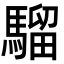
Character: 騮